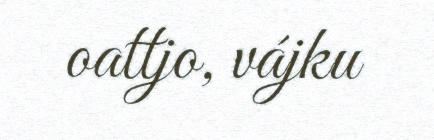
oattjo, vájku